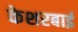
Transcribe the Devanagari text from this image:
केशरबाई